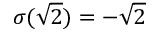
\sigma ( { \sqrt { 2 } } ) = - { \sqrt { 2 } }